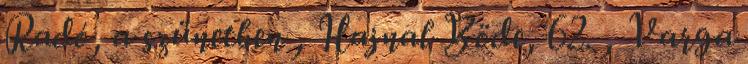
Radó, a szünetben , Hajnal Böde, 62. , Varga